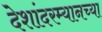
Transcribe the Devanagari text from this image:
देशांदरम्यानच्या